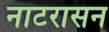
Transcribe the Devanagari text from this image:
नाटरासन